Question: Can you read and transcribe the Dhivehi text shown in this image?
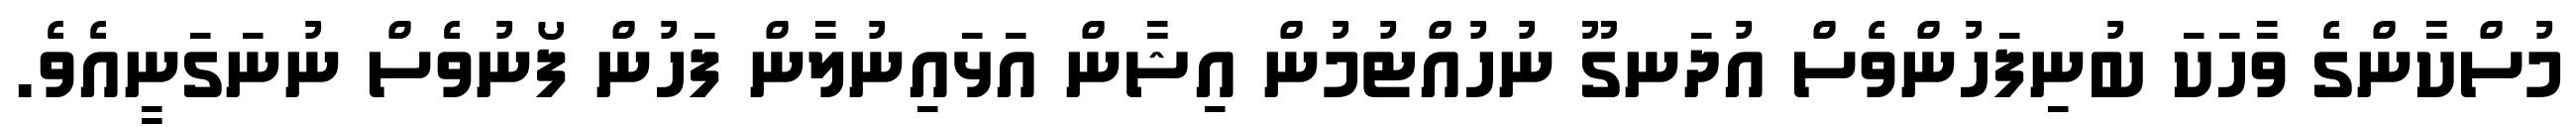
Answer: މުސްކާންގެ ވާހަކަ ބުނިފަހުންވެސް އުދަނގޫ ނުހުއްޓުމުން އިޝާން އަޅައިނުލާން ފަހުން ފޯނުވެސް ނުނަގަނީއެވެ.